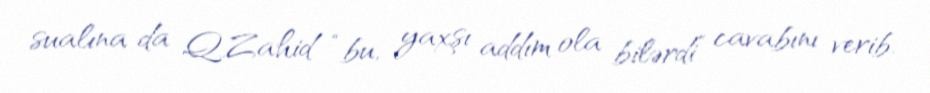
sualına da Q.Zahid “bu, yaxşı addım ola bilərdi” cavabını verib.